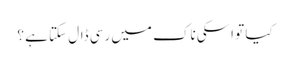
کیا تو اسکی ناک میں رسی ڈال سکتا ہے ؟